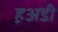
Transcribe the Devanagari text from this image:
ह़अडी